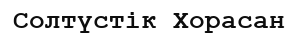
Солтүстік Хорасан